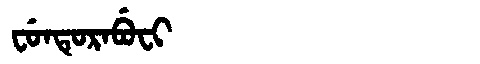
Manchu: ᠸᡠᠨᡨᡠᡵᠠᠪᡠᠸᡳ
Romanization: FUNTURABUFI